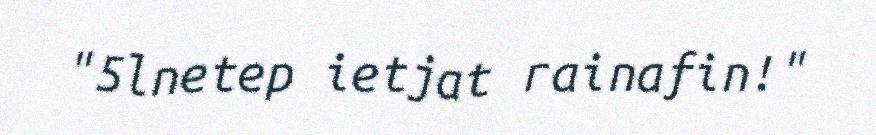
"5lnetep ietjat rainafin!"